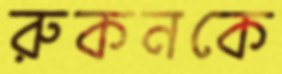
রুকনকে